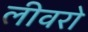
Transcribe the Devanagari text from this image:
लीवरो